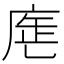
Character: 𢉓